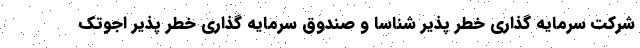
شرکت سرمایه گذاری خطر پذیر شناسا و صندوق سرمایه گذاری خطر پذیر اجوتک